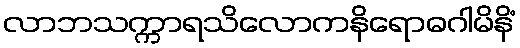
လာဘသက္ကာရသိလောကနိရောဓဂါမိနိံ